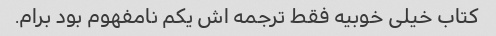
کتاب خیلی خوبیه فقط ترجمه اش یکم نامفهوم بود برام.